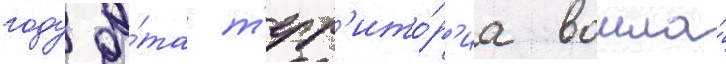
году э́та т'ерр'ито́р'иа вошла́